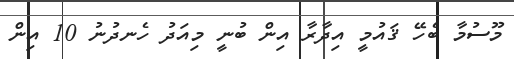
މޫސުމާ ބެހޭ ޤައުމީ އިދާރާ އިން ބުނީ މިއަދު ހެނދުނު 10 އިން